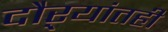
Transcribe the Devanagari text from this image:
दौऱ्यांतही